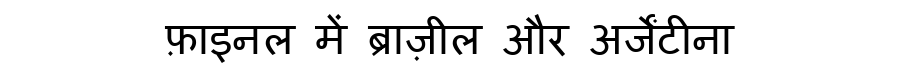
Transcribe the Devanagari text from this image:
फ़ाइनल में ब्राज़ील और अर्जेंटीना